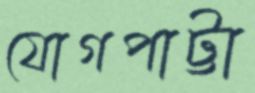
যোগপাট্টা